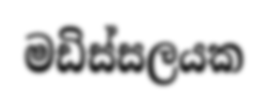
මඩිස්සලයක